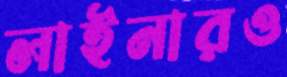
লাইনারও